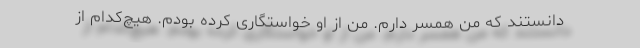
‌دانستند که من همسر دارم. من از او خواستگاری کرده بودم. هیچ‌کدام از